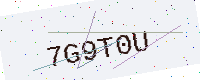
Text: 7G9T0U